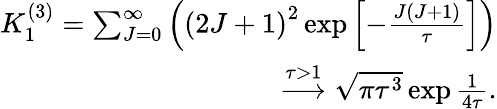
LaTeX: \begin{array}{r}{K_{1}^{(3)}=\sum_{J=0}^{\infty}\left(\left(2J+1\right)^{2}\exp\left[-\frac{J(J+1)}{\tau}\right]\right)}\\ {\overset{\tau>1}{\longrightarrow}\sqrt{\pi\tau^{3}}\exp\frac{1}{4\tau}.}\end{array}